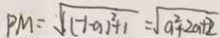
P M = \sqrt { ( - 1 - a ) ^ { 2 } + 1 } = \sqrt { a ^ { 2 } + 2 a + 2 }